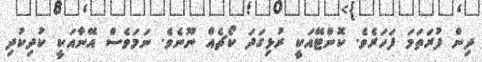
ދިން ފުރަތަމަ ފަހަރެވެ. ކޮންޓޭއަކީ ރުޅިގަދަ ކޯޗެއް ނޫނެވެ. ނަމަވެސް އޭނާއަކީ ކުދިކުދި